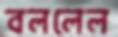
বললেল